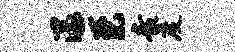
漾至素度